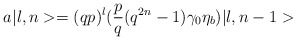
\begin{align*}a \vert l,n > = ( qp)^l( {p\over q} ( q^{2n} - 1 )\gamma _0 \eta _b ) \vert l, n-1>\end{align*}